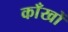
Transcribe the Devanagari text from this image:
काँखों